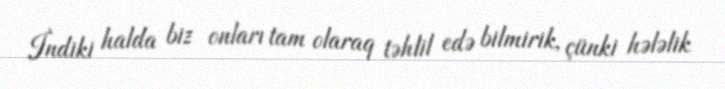
İndiki halda biz onları tam olaraq təhlil edə bilmirik, çünki hələlik